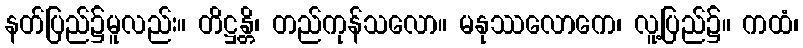
နတ်ပြည်၌မူလည်း။ တိဋ္ဌန္တိ၊ တည်ကုန်သလော။ မနုဿလောကေ၊ လူ့ပြည်၌။ ကထံ၊